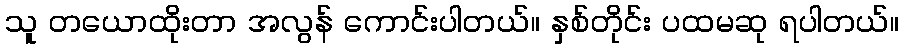
သူ တယောထိုးတာ အလွန် ကောင်းပါတယ်။ နှစ်တိုင်း ပထမဆု ရပါတယ်။